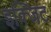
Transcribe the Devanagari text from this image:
इक्जिट